Causation and prevention of malarial fevers: a statement of the results of researches drawn up for the use of assistant surgeons, hospital assistants and students
Disease focus: Malaria
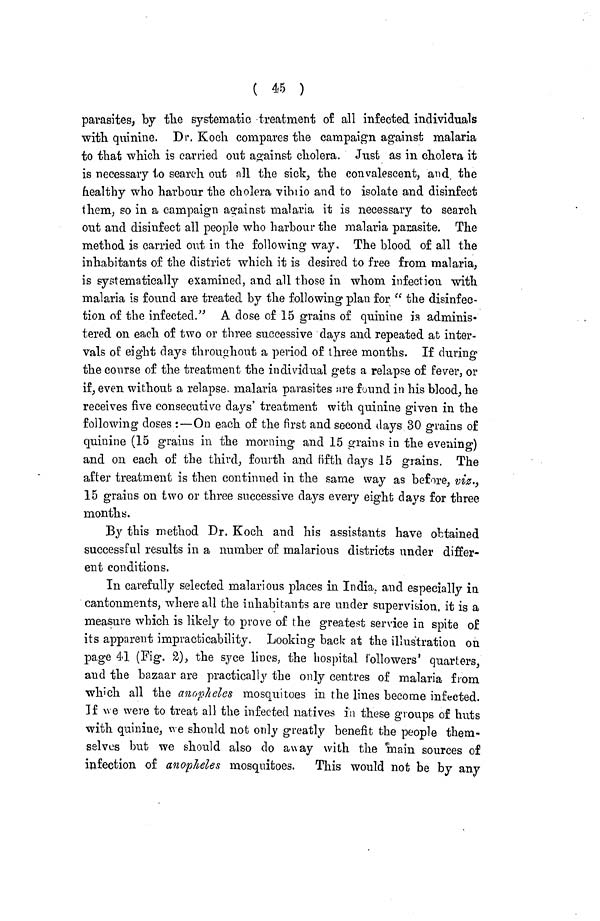
( 45 )
parasites, by the systematic treatment of all infected individuals
with quinine. Dr. Koch compares the campaign against malaria
to that which is carried out against cholera. Just as in cholera it
is necessary to search out all the sick, the convalescent, and. the
healthy who harbour the cholera vibrio and to isolate and disinfect
them, so in a campaign against malaria it is necessary to search
out and disinfect all people who harbour the malaria parasite. The
method is carried out in the following way. The blood of all the
inhabitants of the district which it is desired to free from malaria,
is systematically examined, and all those in whom infection with
malaria is found are treated by the following plan for " the disinfec-
tion of the infected." A dose of 15 grains of quinine is adminis-
tered on each of two or three successive days and repeated at inter-
vals of eight clays throughout a period of three months. If during
the course of the treatment the individual gets a relapse of fever, or
if, even without a relapse, malaria parasites are found in his blood, he
receives five consecutive days' treatment with quinine given in the
following doses :—On each of the first and second days 30 grains of
quinine (15 grains in the morning and 15 grains in the evening)
and on each of the third, fourth and fifth days 15 grains. The
after treatment is then continued in the same way as before, viz.,
15 grains on two or three successive days every eight days for three
months.
By this method Dr. Koch and his assistants have obtained
successful results in a number of malarious districts under differ-
ent conditions.
In carefully selected malarious places in India, and especially in
cantonments, where all the inhabitants are under supervision, it is a
measure which is likely to prove of the greatest service in spite of
its apparent impracticability. Looking back at the illustration on
page 41 (Fig. 2), the syce lines, the hospital followers' quarters,
and the bazaar are practically the only centres of malaria from
which all the anopheles mosquitoes in the lines become infected.
If we were to treat all the infected natives in these groups of huts
with quinine, we should not only greatly benefit the people them-
selves but we should also do away with the main sources of
infection of anopheles mosquitoes. This would not be by any